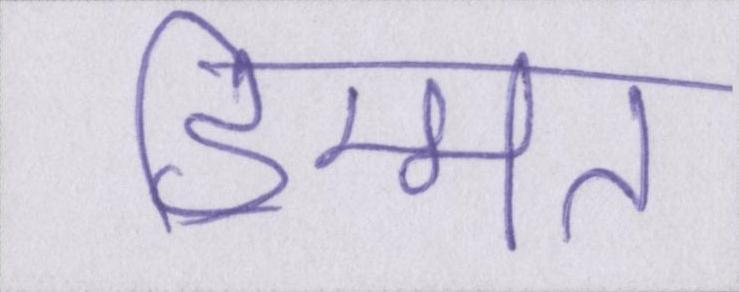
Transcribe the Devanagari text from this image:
हिम्मत